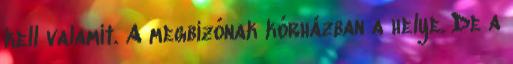
kell valamit. A megbízónak kórházban a helye. De a